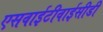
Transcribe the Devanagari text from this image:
एसवाईटीवाईसीडी